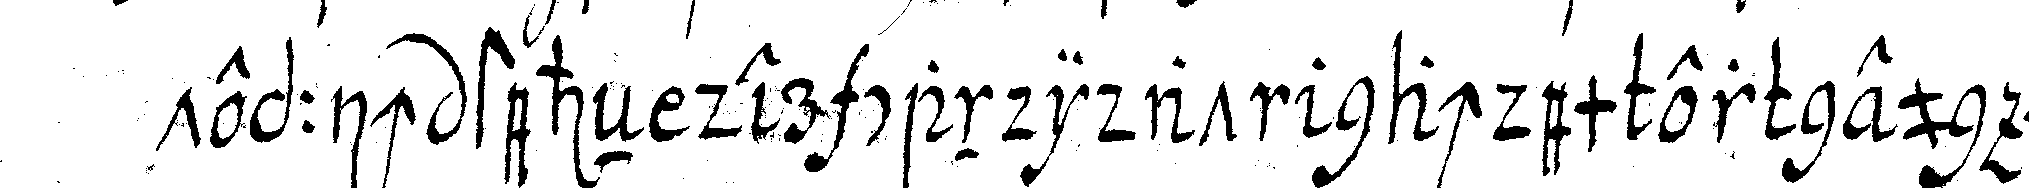
teppich steheN der candidat nachdem er neun mahl